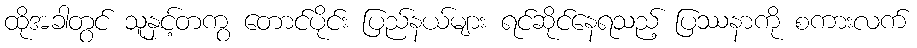
ထိုအခါတွင် သူနှင့်တကွ တောင်ပိုင်း ပြည်နယ်များ ရင်ဆိုင်နေရသည့် ပြဿနာကို စကားလက်